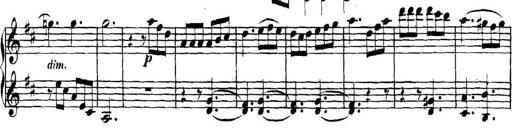
Title: Collected Piano Sonatas
Composer: Muzio Clementi